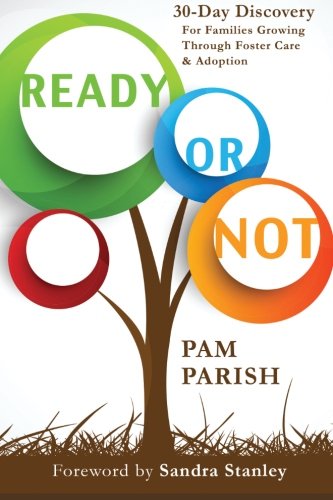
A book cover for Ready or Not: 30 Days of Discovery For Foster & Adoptive Parents; Pam Parish; Parenting & Relationships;